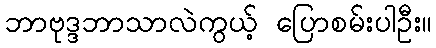
ဘာဗုဒ္ဒဘာသာလဲကွယ့် ပြောစမ်းပါဦး။